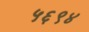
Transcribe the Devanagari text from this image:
५६९४